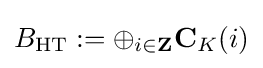
B_{\mathrm {HT} }:=\oplus _{i\in \mathbf {Z} }\mathbf {C} _{K}(i)